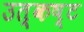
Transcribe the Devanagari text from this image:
उत्कष्ट